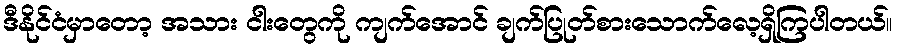
ဒီနိုင်ငံမှာတော့ အသား ငါးတွေကို ကျက်အောင် ချက်ပြုတ်စားသောက်လေ့ရှိကြပါတယ်။